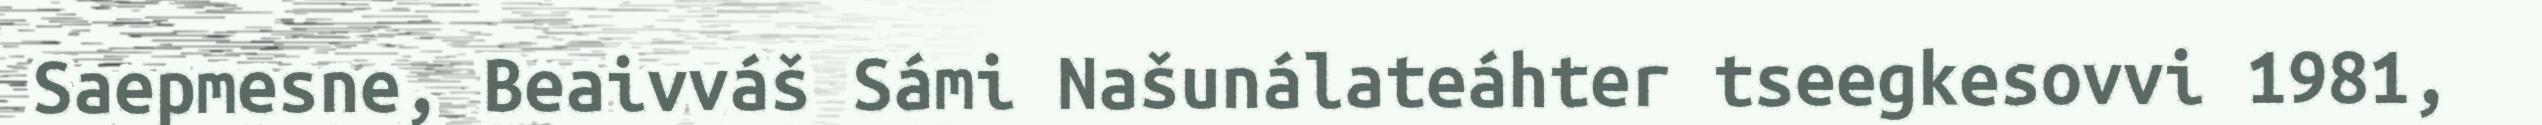
Saepmesne, Beaivváš Sámi Našunálateáhter tseegkesovvi 1981,